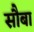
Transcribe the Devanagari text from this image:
सौबा